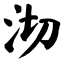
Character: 沏